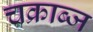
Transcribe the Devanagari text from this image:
चक्राब्ज